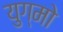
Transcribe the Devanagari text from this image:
युग्मो